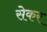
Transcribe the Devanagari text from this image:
सेकर